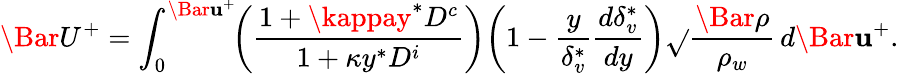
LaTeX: \Bar{U}^{+}=\int_{0}^{\Bar{\mathbf{u}}^{+}}\! \! \left({\frac{{1+\kappay^{*}{D^{c}}}}{{1+\kappa{y^{*}}{D^{i}}}}}\right){\left({1-\frac{{y}}{{\delta_{v}^{*}}}\frac{{d\delta_{v}^{*}}}{{dy}}}\right)}\sqrt{}{{\frac{{\Bar{\rho}}}{{\rho_{w}}}}}\, {d\Bar{\mathbf{u}}^{+}}.